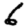
Digit: 6